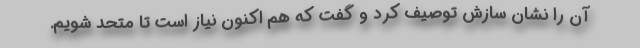
آن را نشان سازش توصیف کرد و گفت که هم اکنون نیاز است تا متحد شویم.